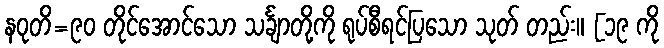
နဝုတိ=၉၀ တိုင်အောင်သော သင်္ချာတို့ကို ရုပ်စီရင်ပြသော သုတ် တည်း။ [၁၉ ကို